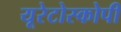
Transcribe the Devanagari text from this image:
यूरेटोस्कोपी